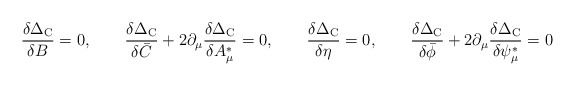
\begin{align*}\frac{\delta \Delta_{\rm C}}{\delta B} = 0,\qquad\frac{\delta \Delta_{\rm C}}{\delta \bar{C}} + 2 \partial_\mu \frac{\delta \Delta_{\rm C}}{\delta A_\mu^*} = 0,\qquad\frac{\delta \Delta_{\rm C}}{\delta \eta} = 0,\qquad\frac{\delta \Delta_{\rm C}}{\delta \bar{\phi}} + 2 \partial_\mu \frac{\delta \Delta_{\rm C}}{\delta \psi_\mu^*} = 0\end{align*}